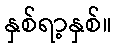
နှစ်ရာ့နှစ်။